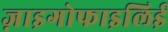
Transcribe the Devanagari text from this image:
ज़ाइगोफाइलिई